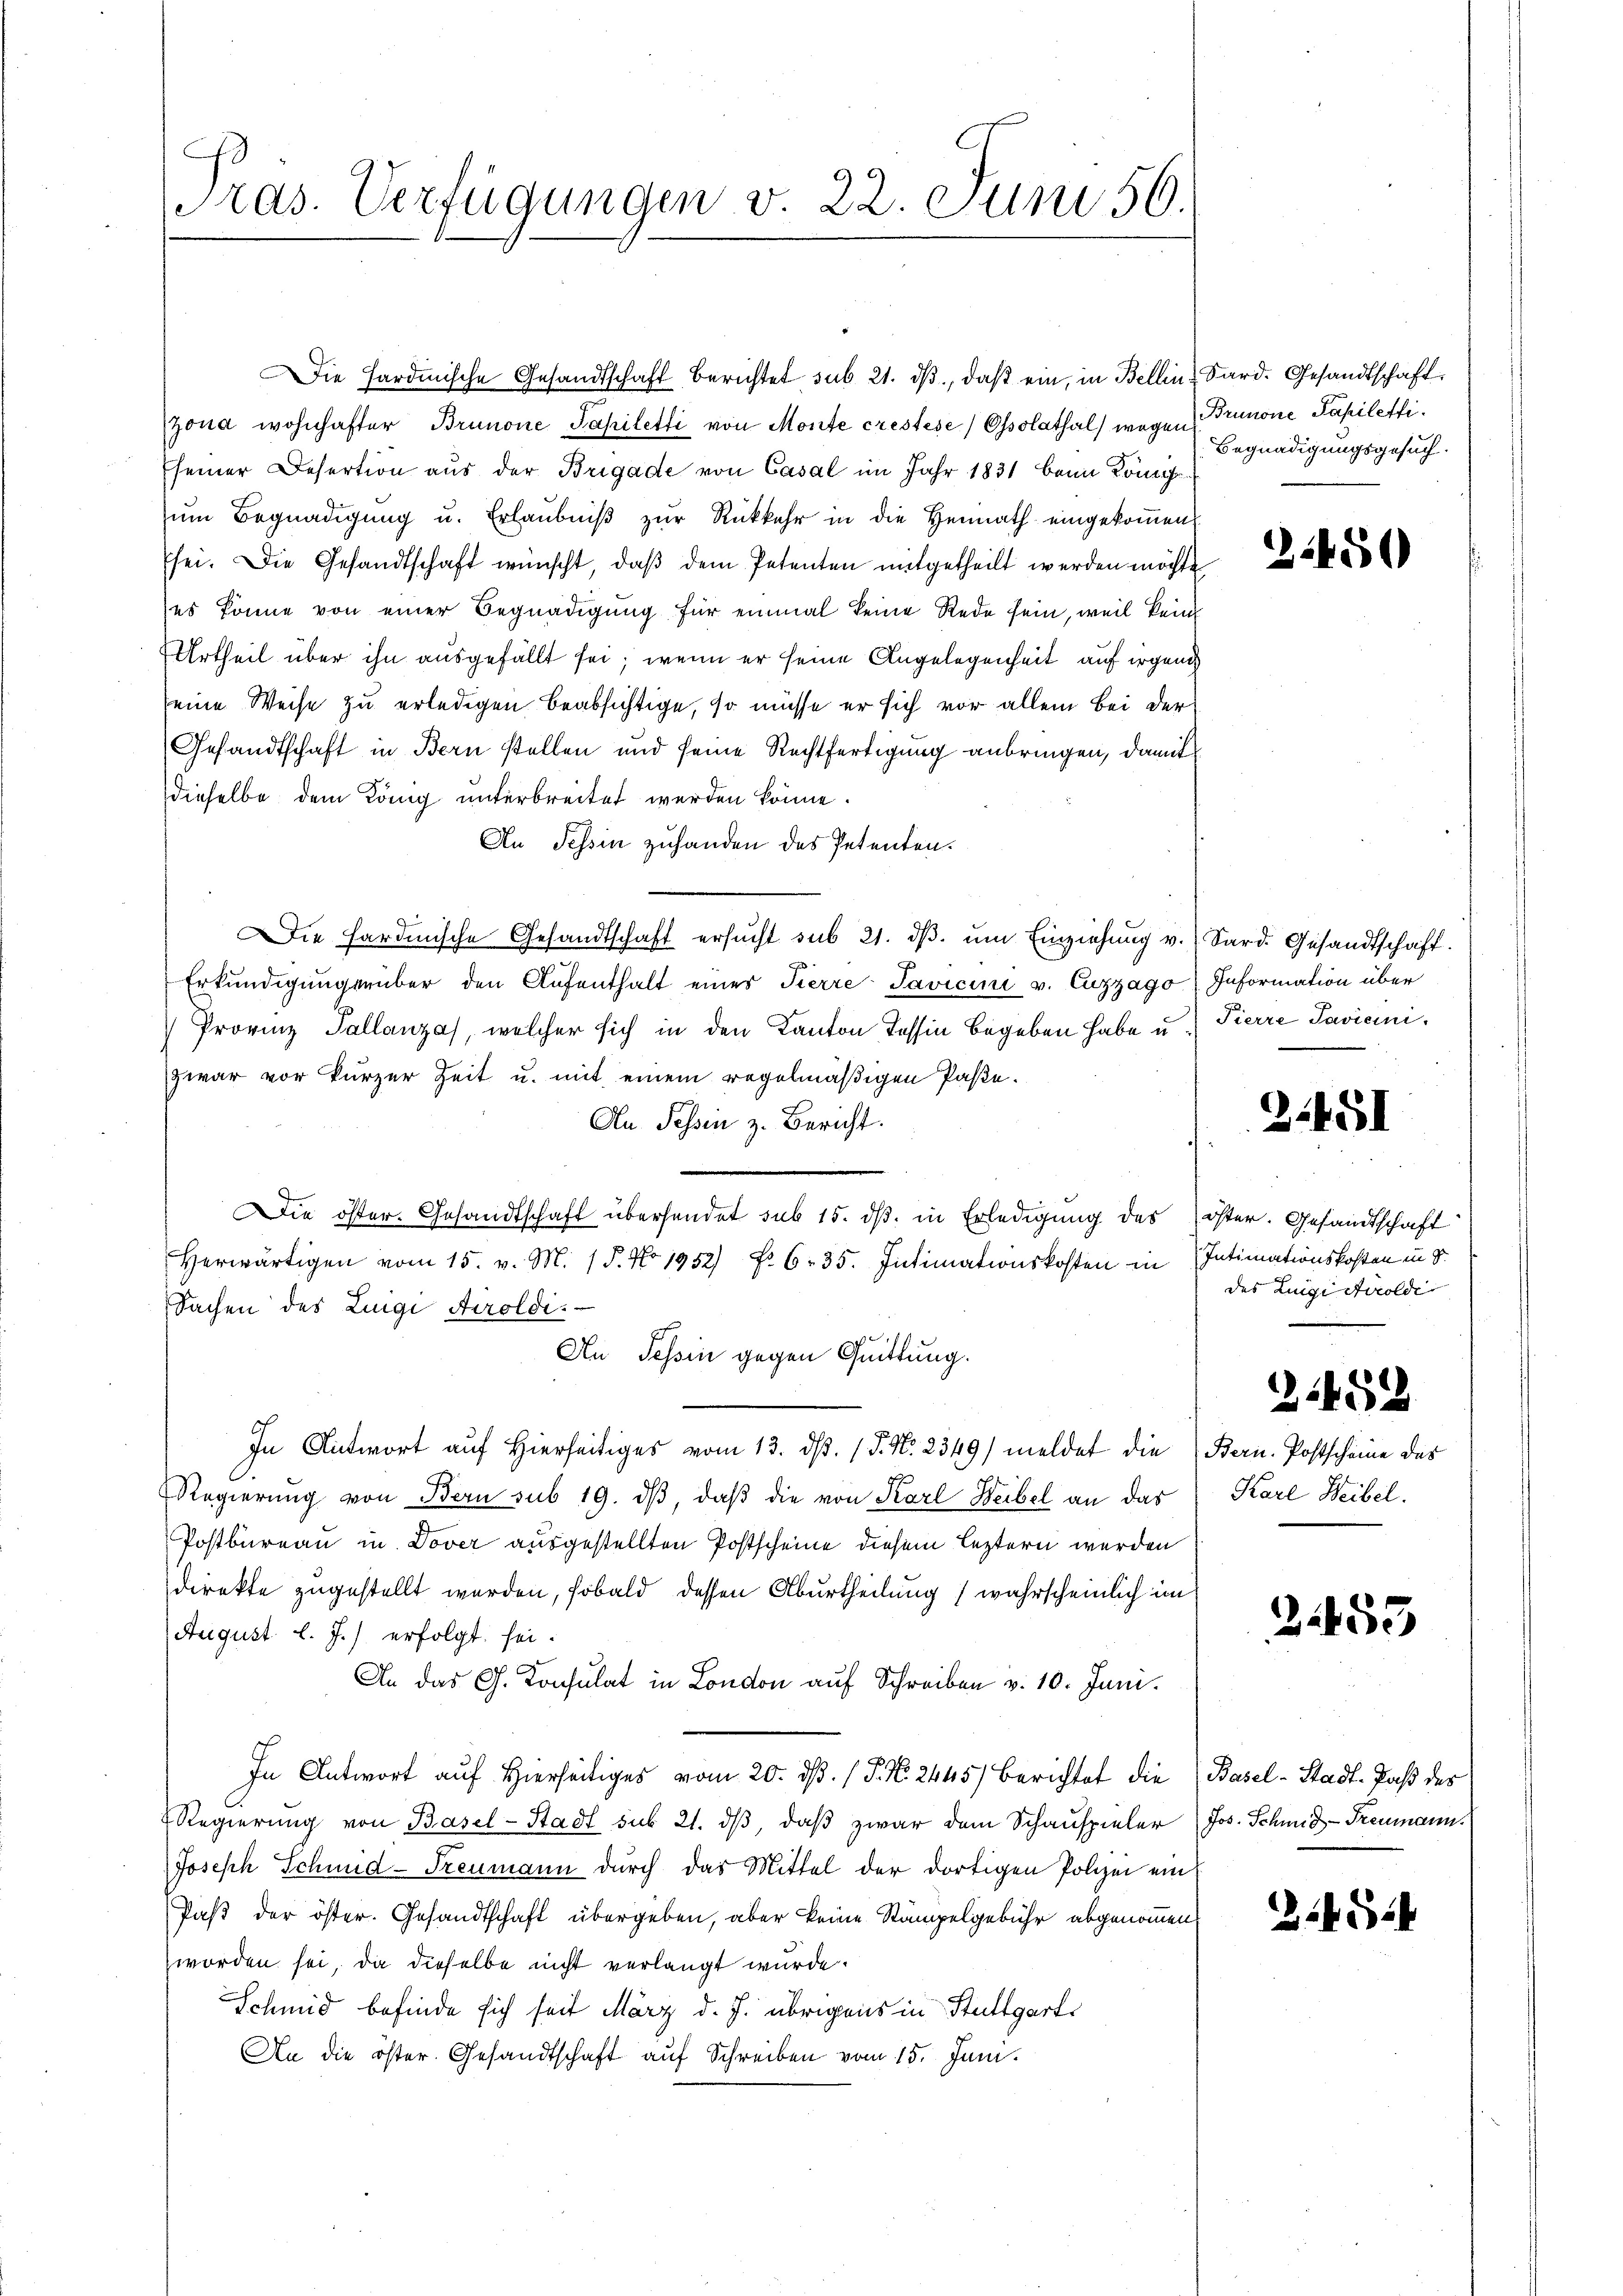
Pras. Verfügungen v. 22. Juni 56.

Die Hardmische Gesandtschaft berichtet sub 21. dβ, daβ ein, in Bellin Sard. Gesandtschaft
Zond wohnhafter Brunone Jahiletti von Monte crestese) Ossolathal) wegen
Eseiner Desertion aus der Brigade von Casal im Jahr 1831 beim König
ŭm Begnadigŭng u. Erlaŭbniβ zŭr Rückkehr in die Heimath eingekoṁen
sei. Die Gesandtschaft wünscht, daβ dem Petenten mitgetheilt werden möchte
es könne von einer Begnadigung für einmal keine Rede sein, weil kein
Urtheil über ihn ausgefällt sei; wenn er seine Angelegenheit auf irgend
seine Weise zu erledigen beabsichtige, so müsse er sich vor allem Bei der
Gesandtschaft in Bern stellen und seine Rechtfertigung anbringen, damit
dieselbe dem König unterbreitet werden könne.
An Tessin zuhanden das Petenten.
ie Hardmische Gesandtschaft ersŭcht sub 21. dβ. ŭm Einziehung v. Sard. Gesandtschaft.
Erkŭndigungerüber den Aufenthalt einer Tierre Savicini v. Cuzzago Information über
Provinz Pallanza, welcher sich in den Kanton Tessin begeben habe u. Pierre Savicini
zwar vor kurzer Zeit u. mit einem regelmäßigen Paße.
An Tessin z. Bericht.
Die öster. Gesandtschaft übersendet sub 15. dβ in Erledigung des öster. Gesandtschaft
Herwärtigen vom 15. v. M. 18. No 1952) f. 635. Intimationskosten in Intimationskosten in d
Sachen des Luigi Airoldi.
An Tessin gegen Quittung.
In Antwort auf Hierseitiges vom 13. ds. 1 P. Nr. 2349/ meldet die Bern. Postscheine des
Regierŭng von Bern sub 19. dβ, daβ die von Karl Weibel an das
Postbureau in Dover ausgestellten Postscheine diesem leztern werden
direkte zugestellt werden, sobald dessen Aburtheilung (wahrscheinlich im
August l. J.) erfolgt sei.
An das G. Konsulat in London auf Schreiben v. 10. Juni.
.
In Antwort auf Hierseitiges vom 20. d. 13. No. 2445) Berichtet die (Basel-Stadt-Paß des
Regierung von Basel-Stadt sub 21. dβ, daß zwar dem Schauspieler Jos. Schmid-Treumann.
Joseph Schmid-Treumann durch das Mittel der dortigen Polizei ein
Paß der öster. Gesandtschaft übergeben, aber keine Stämpelgebühr abgenommen,
worden sei, da dieselbe nicht verlangt wurde.
Schmid befinde sich seit März d. J. übrigens in Stuttgart
An die öster. Gesandtschaft auf Schreiben vom 15. Juni.

Brunone Papiletti.
Begnadigungsgesuch.

31450

2:451

des Luigi Airolde

2452

Karl Weibel.

2459

454